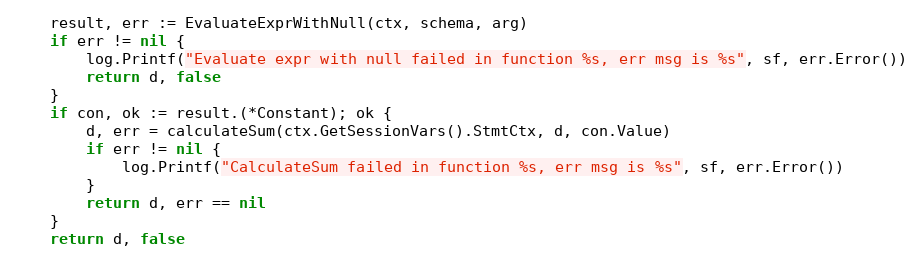
Language: Go
	result, err := EvaluateExprWithNull(ctx, schema, arg)
	if err != nil {
		log.Printf("Evaluate expr with null failed in function %s, err msg is %s", sf, err.Error())
		return d, false
	}
	if con, ok := result.(*Constant); ok {
		d, err = calculateSum(ctx.GetSessionVars().StmtCtx, d, con.Value)
		if err != nil {
			log.Printf("CalculateSum failed in function %s, err msg is %s", sf, err.Error())
		}
		return d, err == nil
	}
	return d, false